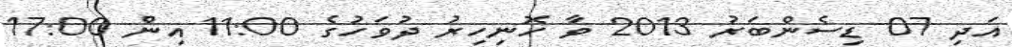
އަދި 07 ޑިސެންބަރު 2013 ވާ ހޮނިހިރު ދުވަހުގެ 11:00 އިން 17:00